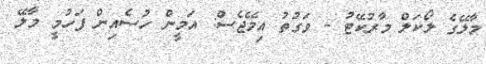
މާލޭގެ ލޯކަލް މާރުކޭޓު - ވަގުތު އިމޭޖެސް: އަމީން ހުސެއިން ފަހުމީ މާލޭ